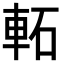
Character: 𨋓